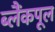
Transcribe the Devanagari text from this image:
ब्लैंकपूल